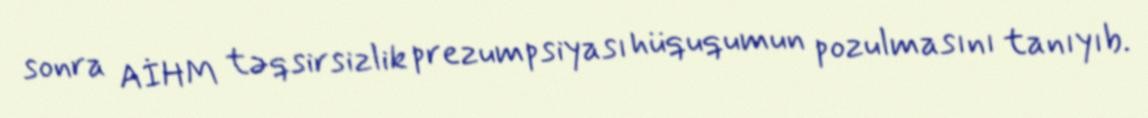
sonra AİHM təqsirsizlik prezumpsiyası hüququmun pozulmasını tanıyıb.